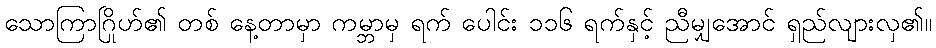
သောကြာဂြိုဟ်၏ တစ် နေ့တာမှာ ကမ္ဘာမှ ရက် ပေါင်း ၁၁၆ ရက်နှင့် ညီမျှအောင် ရှည်လျားလှ၏။